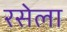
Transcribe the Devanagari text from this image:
रसेला